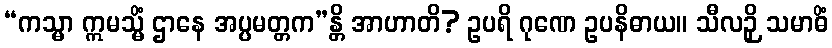
“ကသ္မာ ဣမသ္မိံ ဌာနေ အပ္ပမတ္တက”န္တိ အာဟာတိ? ဥပရိ ဂုဏေ ဥပနိဓာယ။ သီလဉှိ သမာဓိံ